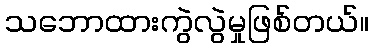
သဘောထားကွဲလွဲမှုဖြစ်တယ်။